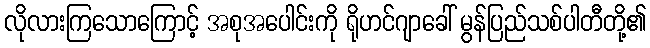
လိုလားကြသောကြောင့် အစုအပေါင်းကို ရိုဟင်ဂျာခေါ် မွန်ပြည်သစ်ပါတီတို့၏